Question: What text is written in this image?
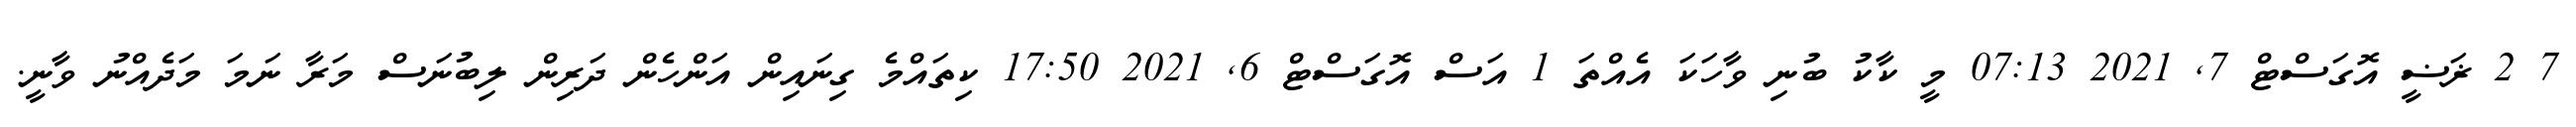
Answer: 7 2 ޜަޟީ އޮގަސްޓް 7, 2021 07:13 މީ ކާކު ބުނި ވާހަކަ އެއްތަ 1 އަސް އޮގަސްޓް 6, 2021 17:50 ކިތައްމެ ގިނައިން އަންހެން ދަރިން ލިބުނަސް މަރާ ނަމަ މަދެއްނު ވާނީ.